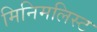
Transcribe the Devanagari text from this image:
मिनिमलिस्ट